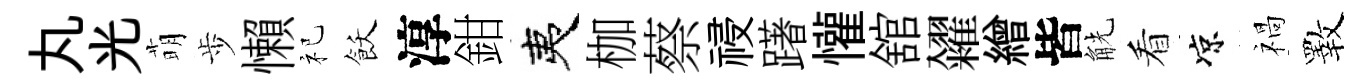
丸光萌歩懶祀飫淳鉗夷枷蔡祲躇懽舘糴繒皆觥看凉禍斁